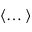
\left\langle \dots \right\rangle